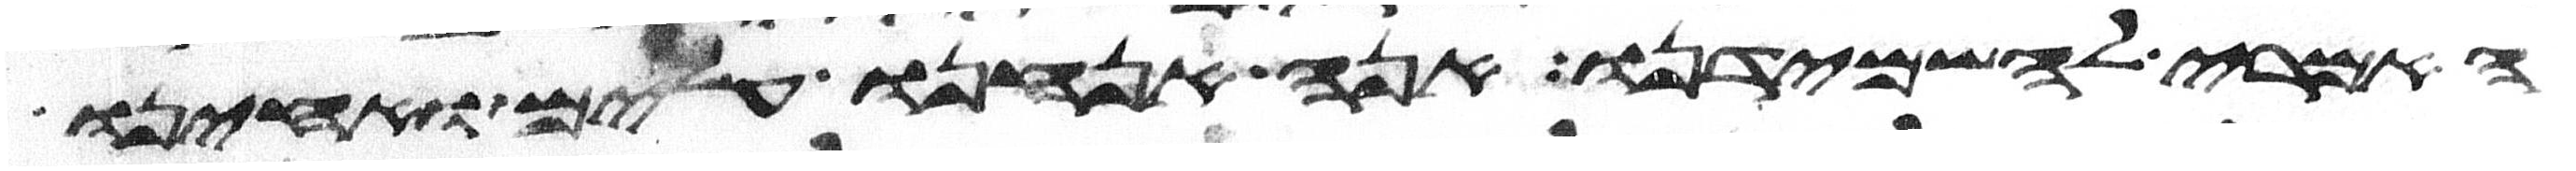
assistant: האמרי להשמידנו אנה אנחנו עלים ואחינו